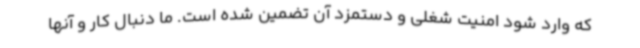
که وارد شود امنیت شغلی و دستمزد آن تضمین شده است. ما دنبال کار و آنها